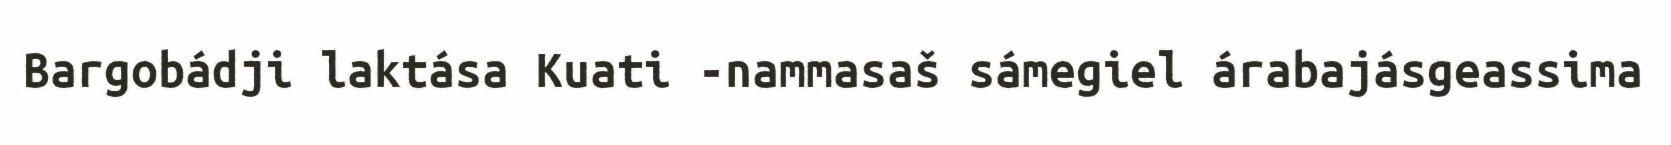
Bargobádji laktása Kuati -nammasaš sámegiel árabajásgeassima